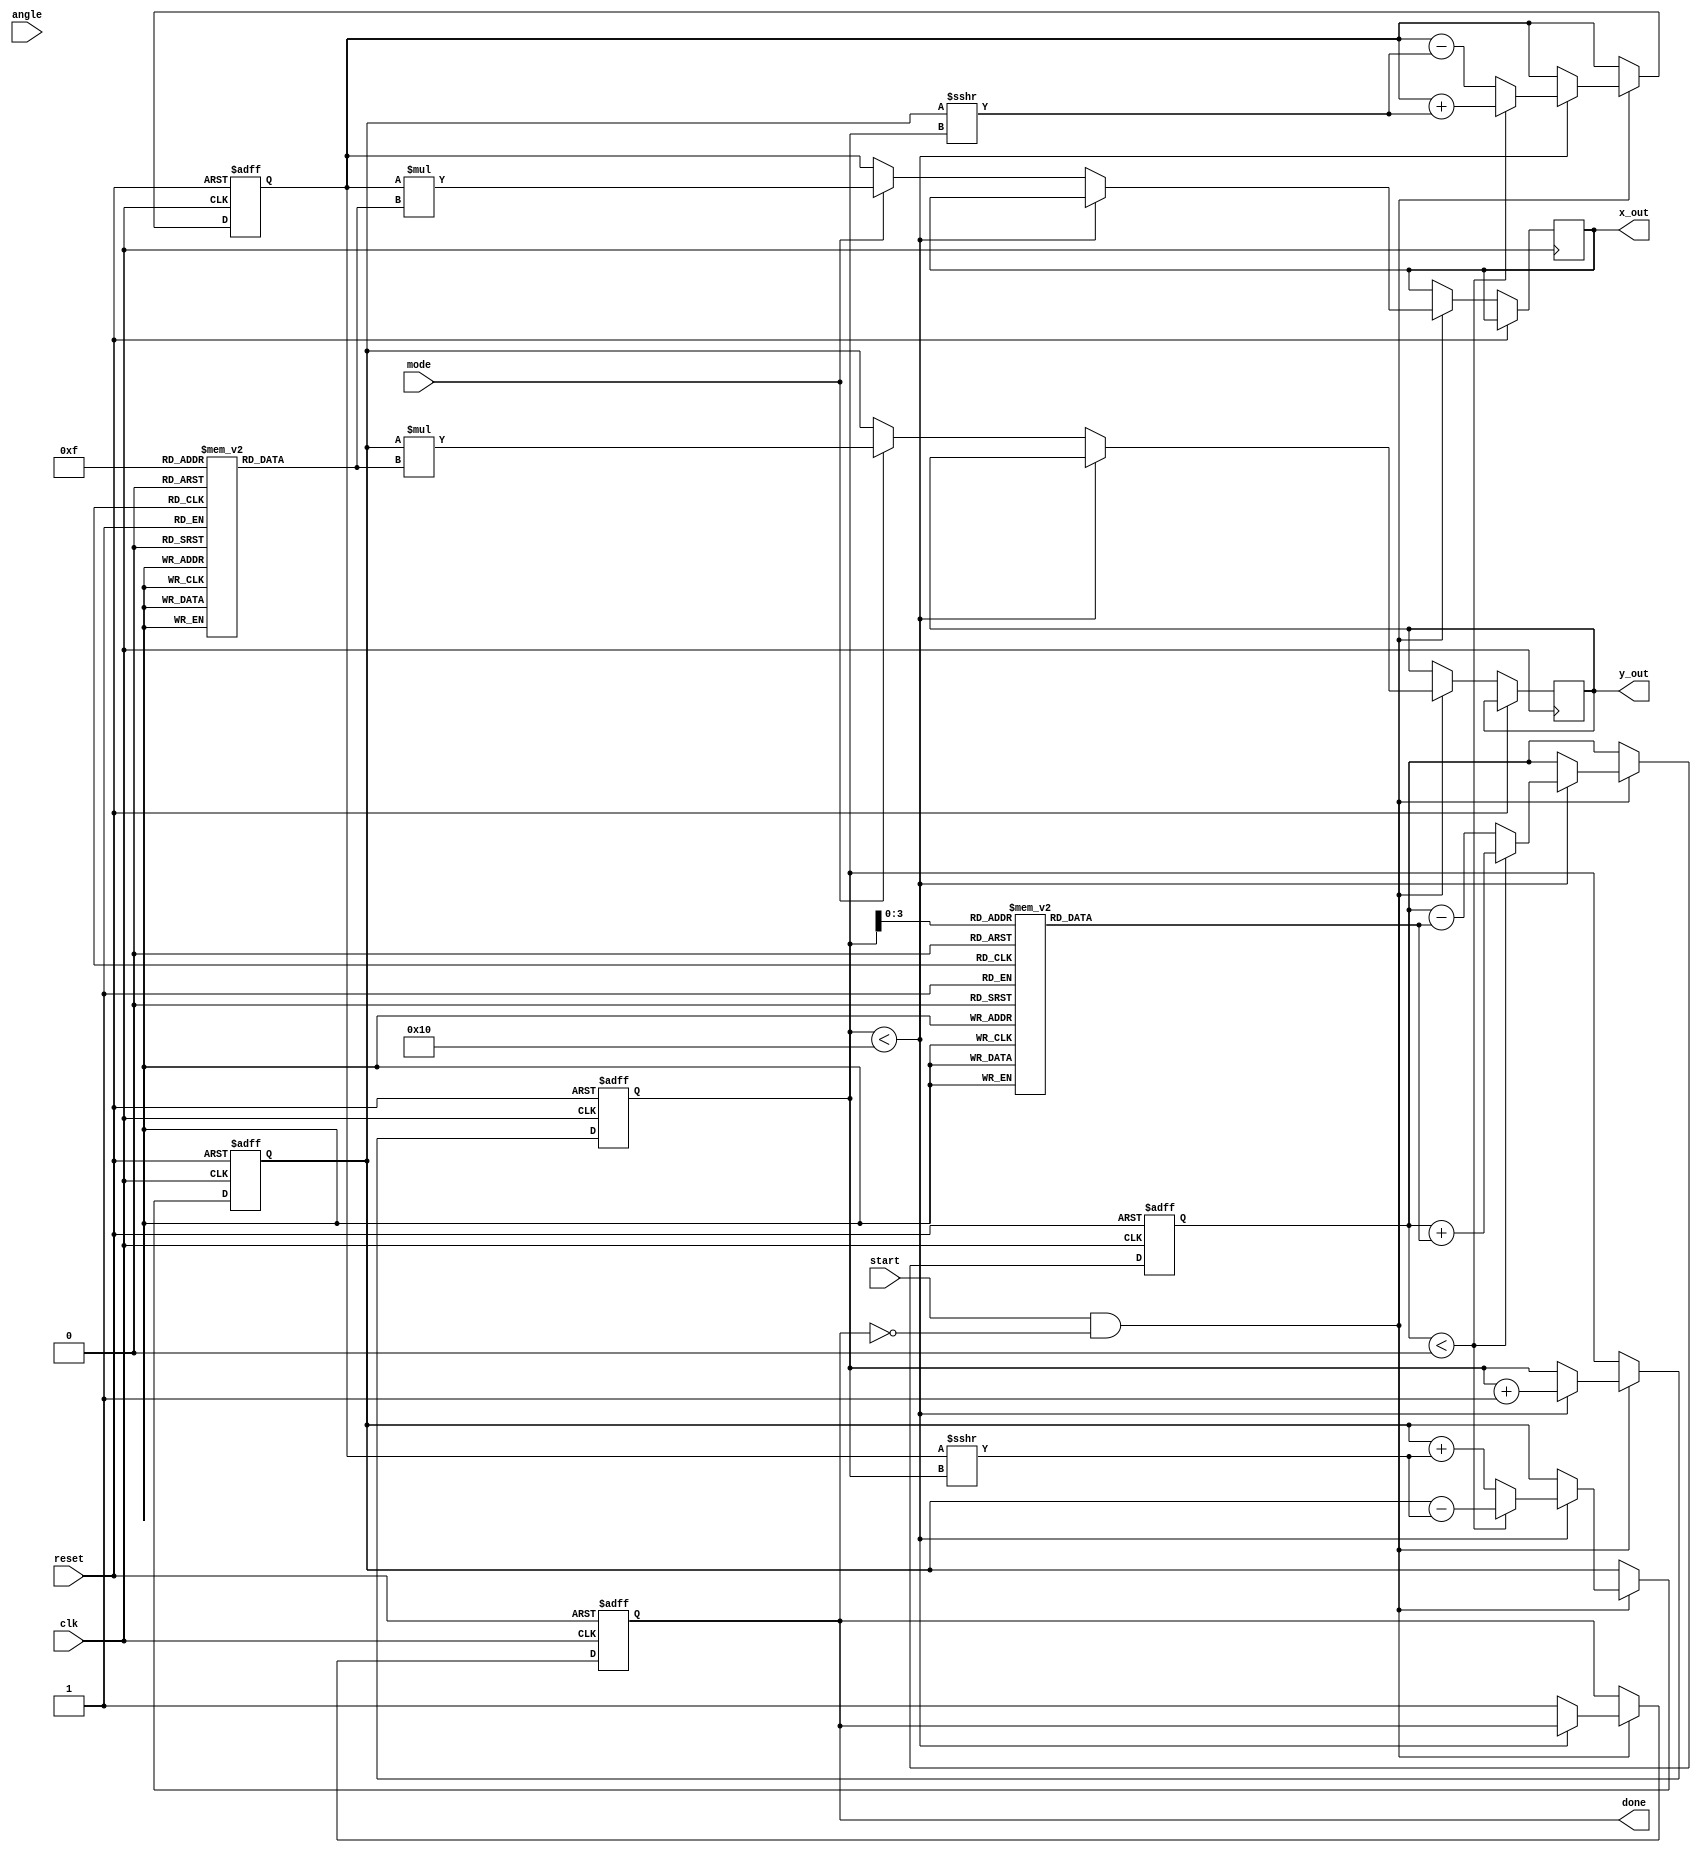
module cordic #(
    parameter N = 16, // Number of bits for fixed-point representation
    parameter ITERATIONS = 16 // Number of iterations
)(
    input wire clk,
    input wire reset,
    input wire [N-1:0] angle, // Input angle in radians (fixed-point)
    input wire mode, // 0 for rotation, 1 for vectoring
    input wire start, // Start signal
    output reg [N-1:0] x_out, // Output x
    output reg [N-1:0] y_out, // Output y
    output reg done // Done signal
);

    // Lookup tables for angles and scaling factors
    reg [N-1:0] angle_table [0:ITERATIONS-1];
    reg [N-1:0] scaling_factor_table [0:ITERATIONS-1];

    // CORDIC registers
    reg [N-1:0] x, y, z;
    reg [4:0] iteration; // 5 bits can store up to 31 iterations

    initial begin
        // Initialize angle table with arctangent values
        angle_table[0] = 16'h2000; // atan(2^-0)
        angle_table[1] = 16'h1C71; // atan(2^-1)
        angle_table[2] = 16'h1A62; // atan(2^-2)
        // Add the remaining values...
        // angle_table[3] = 16'h1732; // atan(2^-3)
        // angle_table[4] = 16'h145F; // atan(2^-4)
        // ...

        // Initialize scaling factor table
        scaling_factor_table[0] = 16'h26DD; // k0
        scaling_factor_table[1] = 16'h1A4E; // k1
        scaling_factor_table[2] = 16'h0C8F; // k2
        // Add the remaining values...
        // scaling_factor_table[3] = 16'h0666; // k3
        // ...

        // Initialize registers
        x = 16'h4000; // Initial x = 1.0 (fixed-point)
        y = 16'h0000; // Initial y = 0.0
        z = 0; // Initial angle
        iteration = 0;
        done = 0;
    end

    always @(posedge clk or posedge reset) begin
        if (reset) begin
            x <= 16'h4000; // Reset x to 1.0
            y <= 16'h0000; // Reset y to 0.0
            z <= 0; // Reset z
            iteration <= 0; // Reset iteration count
            done <= 0; // Reset done signal
        end else if (start && !done) begin
            if (iteration < ITERATIONS) begin
                // CORDIC rotation logic
                if (z < 0) begin
                    // Perform clockwise rotation
                    x <= x + (y >>> iteration);
                    y <= y - (x >>> iteration);
                    z <= z + angle_table[iteration];
                end else begin
                    // Perform counterclockwise rotation
                    x <= x - (y >>> iteration);
                    y <= y + (x >>> iteration);
                    z <= z - angle_table[iteration];
                end
                iteration <= iteration + 1;
            end else begin
                // Final scaling adjustment
                if (mode) begin
                    // Vectoring: output magnitude and angle
                    x_out <= x * scaling_factor_table[ITERATIONS-1]; // Scale x
                    y_out <= y * scaling_factor_table[ITERATIONS-1]; // Scale y
                end else begin
                    // Rotation: output sine and cosine
                    x_out <= x; // Cosine
                    y_out <= y; // Sine
                end
                done <= 1; // Set done signal
            end
        end
    end

endmodule